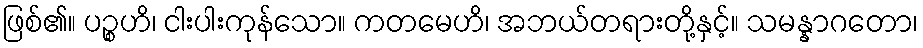
ဖြစ်၏။ ပဉ္စဟိ၊ ငါးပါးကုန်သော။ ကတမေဟိ၊ အဘယ်တရားတို့နှင့်။ သမန္နာဂတော၊